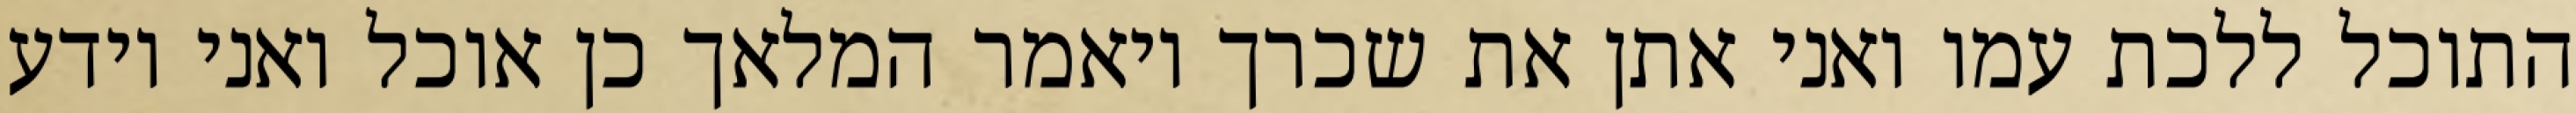
התוכל ללכת עמו ואני אתן את שכרך ויאמר המלאך כן אוכל ואני יודע